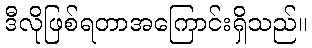
ဒီလိုဖြစ်ရတာအကြောင်းရှိသည်။